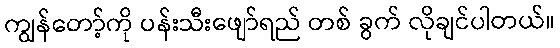
ကျွန်တော့်ကို ပန်းသီးဖျော်ရည် တစ် ခွက် လိုချင်ပါတယ်။